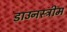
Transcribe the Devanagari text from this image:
डाउनस्‍ट्रीम